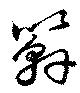
竿